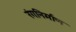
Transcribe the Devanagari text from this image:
रंगनिर्माण